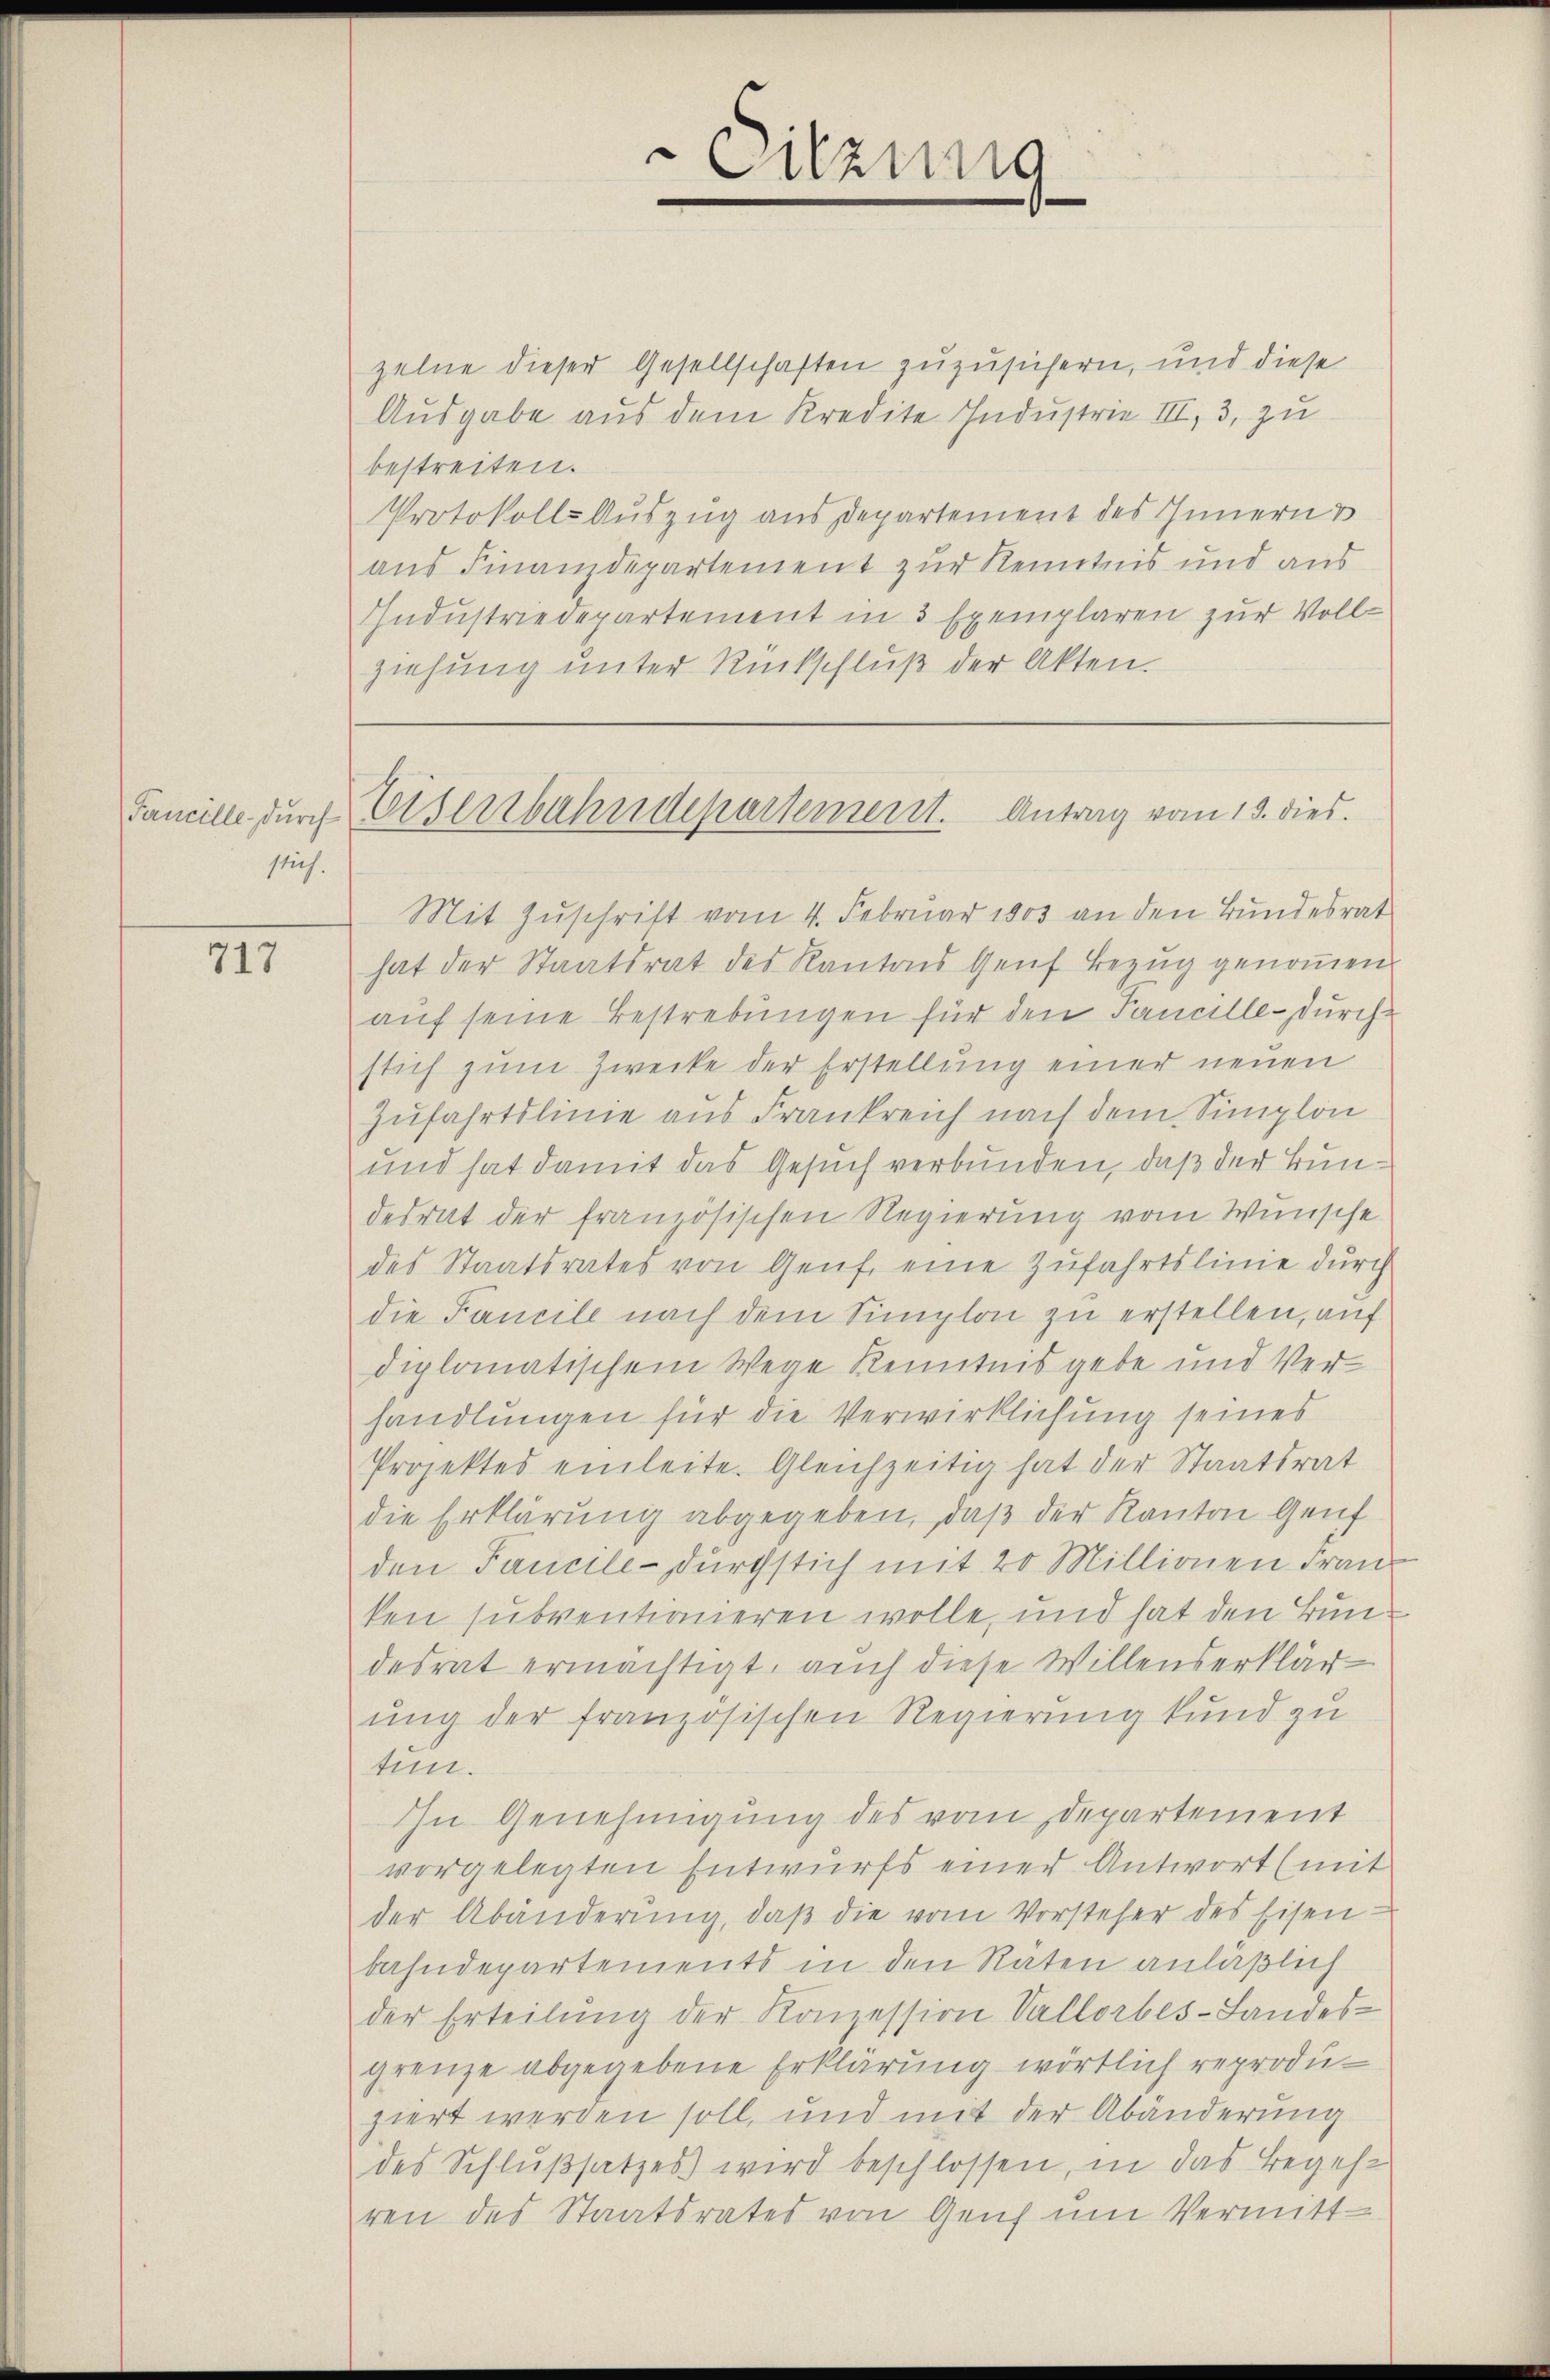
Tancille, durch
stich.

717

.
Sitzung

zelne dieser Gesellschaften zuzusichern, und diese
Ausgabe aus dem Kredite Industrie III, 3, zu
bestreiten.
Protokolls-Auszug aus Departement des Innern u
aus Finanzdepartement zur Kenntnis und aus
Industriedepartement in 3 Exemplaren zur Vollziehung unter Rückschluß der Akten.
Mit Zuschrift vom 4. Februar 1803 an den Bundesrat
hat der Staatsrat des Kantons Genf Bezug genoṁen.
auf seine Bestrebungen für den Pancelle - durchstich zum Zwecke der Erstellung einer neuen
Zufahrtslinie aus Frankreich nach dem Simplon
und hat damit das Gesuch verbunden, daß der Bundesrat der französischen Regierung vom Wunsche
des Staatsrates von Genf eine Zufahrtslinie durch
die Fancile nach dem Simplon zu erstellen, auf
diplomatischem Wege Kenntnis gebe und Verhandlungen für die Verwirklichung seines
Projektes einleite. Gleichzeitig hat der Staatsrat
die Erklärung abgegeben, daß der Kanton Genf
den Fancile durchstich mit 20 Millionen Fran
ken subventionieren wolle, und hat den Bundesrat ermächtigt, auch diese Willenserklärung der französischen Regierung kund zu
tun.
Ihn Genehmigung des vom Departement
vorgelegten Entwurfs einer Antwort (mit
der Abänderŭng, daβ die vom Vorsteher des Eisen-
bahndepartements in den Raten anläßlich
der Erteilŭng der Konzession Vallorbes-Landes-
grenze abgegebene Erklärung wörtlich reproduziert werden soll, und mit der Abänderung
des Schlußsatzes wird beschlossen, in das Begehren des Staatsrates von Genf um Vermitt¬

Eisenbahndepartement. Antrag vom 13. dies